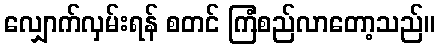
လျှောက်လှမ်းရန် စတင် ကြံစည်လာတော့သည်။